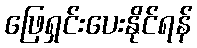
ဖြေရှင်းပေးနိုင်ရန်